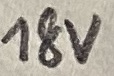
Text: 18V